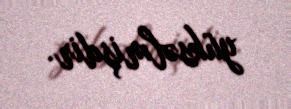
yüksəlmişdir.